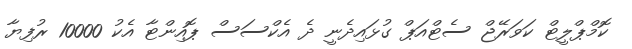
ކޮމްޕްލީޓް ކަވަރޭޖް ސެޓްއަޕް ގުޅައިދެނީ ދެ އެކްސަސް ޕޮއިންޓާ އެކު 10000 ރުފިޔާ